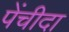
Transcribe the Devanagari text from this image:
पेंचीदा